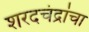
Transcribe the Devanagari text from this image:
शरदचंद्रांचा